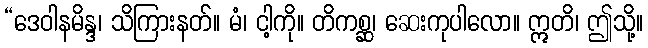
“ဒေဝါနမိန္ဒ၊ သိကြားနတ်။ မံ၊ ငါ့ကို။ တိကစ္ဆ၊ ဆေးကုပါလော။ ဣတိ၊ ဤသို့။